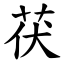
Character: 茯